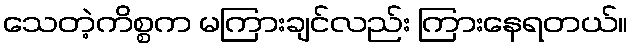
သေတဲ့ကိစ္စက မကြားချင်လည်း ကြားနေရတယ်။